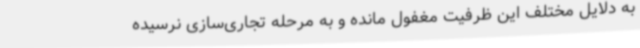
به دلایل مختلف این ظرفیت مغفول مانده و به مرحله تجاری‌سازی نرسیده